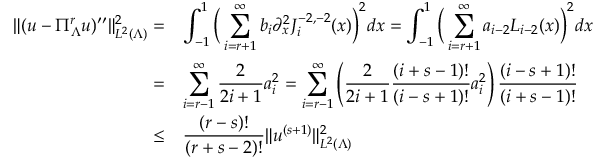
\begin{array} { r l } { \| ( u - \Pi _ { \Lambda } ^ { r } u ) ^ { \prime \prime } \| _ { L ^ { 2 } ( \Lambda ) } ^ { 2 } = } & { \displaystyle \int _ { - 1 } ^ { 1 } \Big ( \displaystyle \sum _ { i = r + 1 } ^ { \infty } b _ { i } \partial _ { x } ^ { 2 } J _ { i } ^ { - 2 , - 2 } ( x ) \Big ) ^ { 2 } d x = \displaystyle \int _ { - 1 } ^ { 1 } \Big ( \displaystyle \sum _ { i = r + 1 } ^ { \infty } a _ { i - 2 } L _ { i - 2 } ( x ) \Big ) ^ { 2 } d x } \\ { = } & { \displaystyle \sum _ { i = r - 1 } ^ { \infty } \displaystyle \frac { 2 } { 2 i + 1 } a _ { i } ^ { 2 } = \displaystyle \sum _ { i = r - 1 } ^ { \infty } \left( \displaystyle \frac { 2 } { 2 i + 1 } \displaystyle \frac { ( i + s - 1 ) ! } { ( i - s + 1 ) ! } a _ { i } ^ { 2 } \right) \displaystyle \frac { ( i - s + 1 ) ! } { ( i + s - 1 ) ! } } \\ { \le } & { \displaystyle \displaystyle \frac { ( r - s ) ! } { ( r + s - 2 ) ! } \| u ^ { ( s + 1 ) } \| _ { L ^ { 2 } ( \Lambda ) } ^ { 2 } } \end{array}